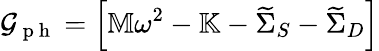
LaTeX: \mathcal{G}_{\mathrm{~p~h~}}=\left[{\mathbb M}\omega^{2}-{\mathbb K}-\widetilde{\Sigma}_{S}-\widetilde{\Sigma}_{D}\right]